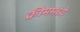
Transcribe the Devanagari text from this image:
क्रीममध्ये